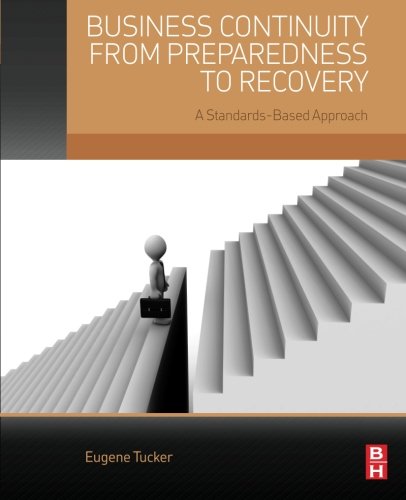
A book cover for Business Continuity from Preparedness to Recovery: A Standards-Based Approach; Eugene Tucker; Business & Money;